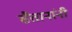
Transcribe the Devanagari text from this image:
सैतानांनी